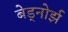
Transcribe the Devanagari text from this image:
बेड्नोर्झ